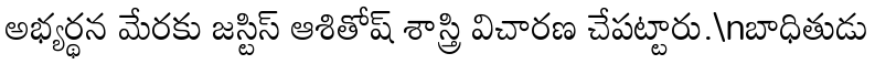
అభ్యర్థన మేరకు జస్టిస్ ఆశితోష్ శాస్త్రి విచారణ చేపట్టారు.\nబాధితుడు